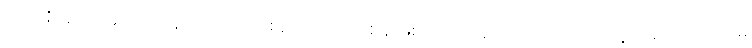
လက်ရှိအလုပ်မှာ သာမန် လုပ်ရိုးလုပ်စဉ် အလုပ်တစ်ခု ဖြစ်သော်လည်း အာကာသထဲတွင် မည်သည်ကိုမှ